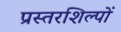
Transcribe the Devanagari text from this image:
प्रस्तरशिल्पों